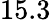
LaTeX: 15.3